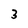
Character: 3